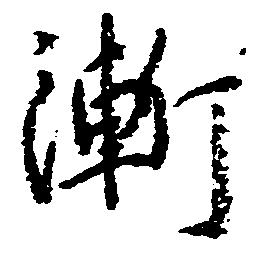
漸